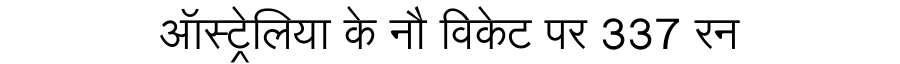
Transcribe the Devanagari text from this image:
ऑस्ट्रेलिया के नौ विकेट पर 337 रन